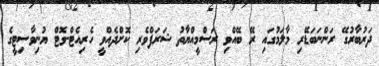
ދަރުބާރުގޭ ރަންނަބަޑޭރި މާލަމުގައި ރޭ ބޭއްވި ރަސްމީއްޔާތު ޝަރަފްވެރި ކޮށްދެއްވީ ހެރިއެޓް-ވޮޓް ޔުނިވާސިޓީގެ